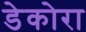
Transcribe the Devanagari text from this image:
डेकोरा